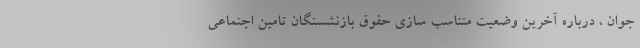
جوان ، درباره آخرین وضعیت متناسب سازی حقوق بازنشستگان تامین اجتماعی